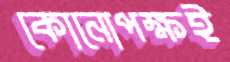
কোনোপক্ষই